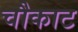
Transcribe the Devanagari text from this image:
चौकाट